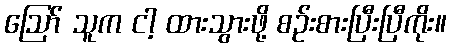
ဪ သူက ငါ့ ထားသွားဖို့ စဉ်းစားပြီးပြီကိုး။